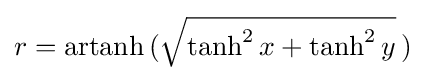
r=\operatorname {artanh} \,({\sqrt {\tanh ^{2}x+\tanh ^{2}y}}\,)